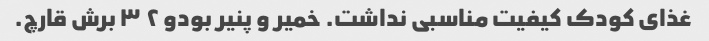
غذای کودک کیفیت مناسبی نداشت. خمیر و پنیر بودو ۲ ۳ برش قارچ.